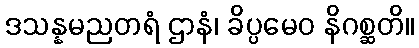
ဒသန္နမညတရံ ဌာနံ၊ ခိပ္ပမေဝ နိဂစ္ဆတိ။